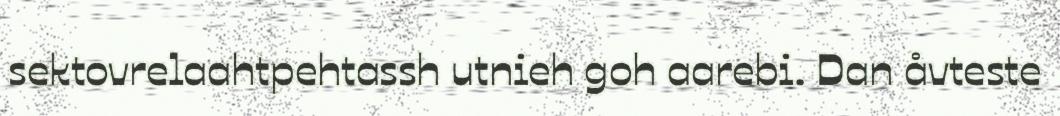
sektovrelaahtpehtassh utnieh goh aarebi. Dan åvteste